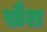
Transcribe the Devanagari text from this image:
ख़ैश